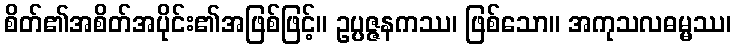
စိတ်၏အစိတ်အပိုင်း၏အဖြစ်ဖြင့်။ ဥပ္ပဇ္ဇနကဿ၊ ဖြစ်သော။ အကုသလဓမ္မဿ၊